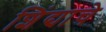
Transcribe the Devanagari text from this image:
शिंद्याचे